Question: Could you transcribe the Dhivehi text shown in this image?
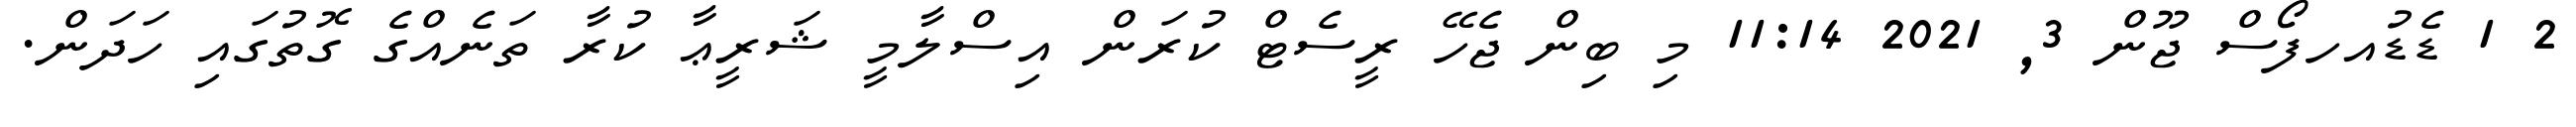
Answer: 2 1 ޑެޑުއހފޯސް ޖޫން 3, 2021 11:14 މި ބިން ޖެހޭ ރީސެޓް ކުރަން އިސްލާމީ ޝަރީޢާ ކުރާ ތަނެއްގެ ގޮތުގައި ހަދަން.